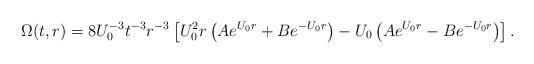
LaTeX: \begin{align*}\Omega(t,r) = 8 U_0^{-3} t^{-3} r^{-3} \left[ U^2_0 r \left( Ae^{U_0 r} + Be^{-U_0 r} \right) - U_0 \left( Ae^{U_0 r} - Be^{-U_0 r} \right) \right].\end{align*}